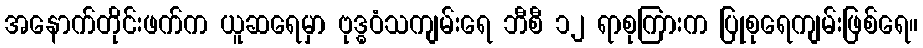
အနောက်တိုင်းဖက်က ယူဆရေမှာ ဗုဒ္ဓဝံသကျမ်းရေ ဘီစီ ၁၂ ရာစုကြားက ပြုစုရေကျမ်းဖြစ်ရေ။